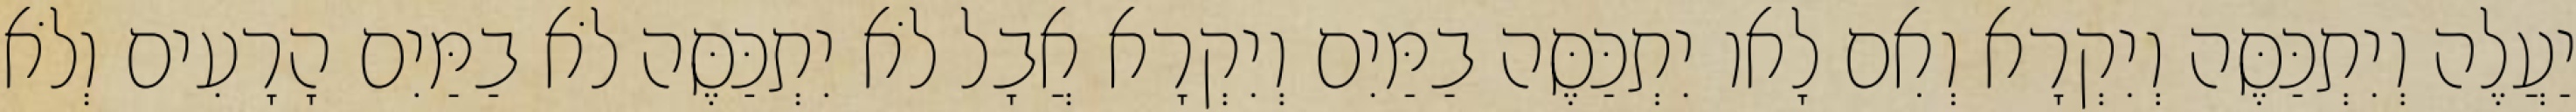
יַעֲלֶה וְיִתְכַּסֶּה וְיִקְרָא וְאִם לָאו יִתְכַּסֶּה בַמַּיִם וְיִקְרָא אֲבָל לֹא יִתְכַּסֶּה לֹא בַמַּיִם הָרָעִים וְלֹא